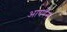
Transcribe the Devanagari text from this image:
आयरेस